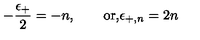
- { \frac { \epsilon _ { + } } { 2 } } = - n , \qquad \mathrm { o r , } \epsilon _ { + , n } = 2 n